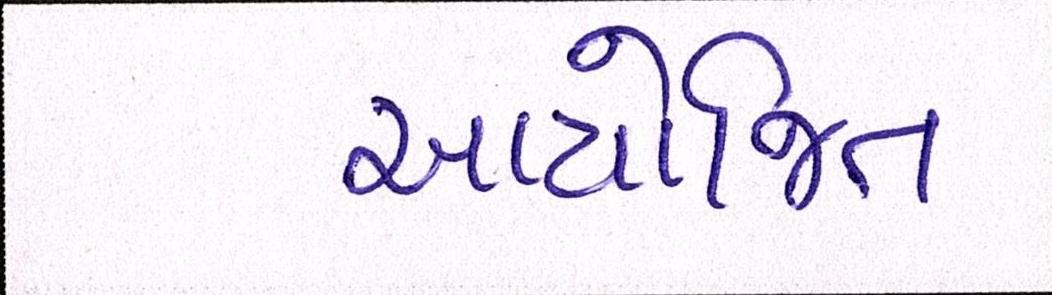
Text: આયોજિત